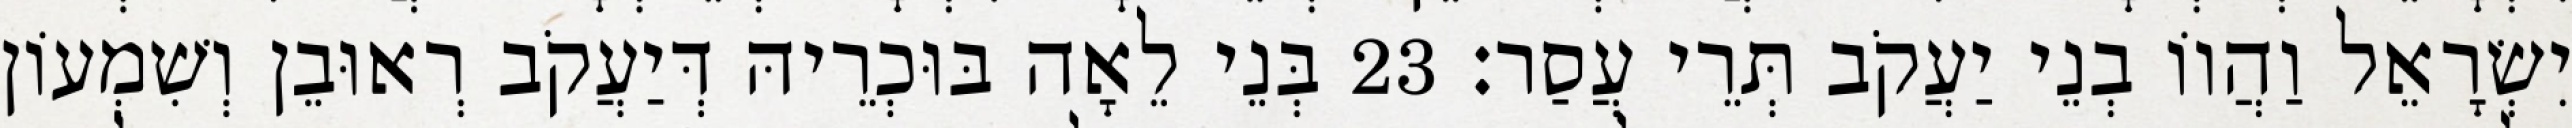
יִשְׂרָאֵל וַהֲווֹ בְנֵי יַעֲקֹב תְּרֵי עֲסַר׃ 23 בְּנֵי לֵאָה בּוּכְרֵיהּ דְּיַעֲקֹב רְאוּבֵן וְשִׁמְעוֹן